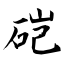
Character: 硙